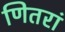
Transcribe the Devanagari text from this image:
णितरां